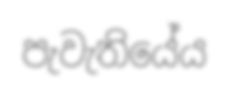
පැවැතියේය